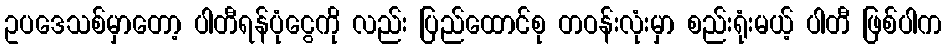
ဥပဒေသစ်မှာတော့ ပါတီရန်ပုံငွေကို လည်း ပြည်ထောင်စု တဝန်းလုံးမှာ စည်းရုံးမယ့် ပါတီ ဖြစ်ပါက